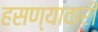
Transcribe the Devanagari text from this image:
हसण्यावारी